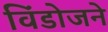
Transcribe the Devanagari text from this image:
विंडोजने